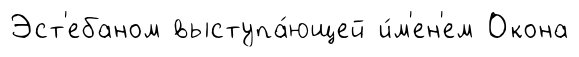
Эст'ебаном выступа́ющей и́м'ен'ем Окона